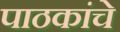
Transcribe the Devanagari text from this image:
पाठकांचे